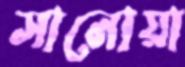
সানোয়া